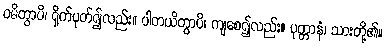
ဝဓိတွာပိ၊ ရိုက်ပုတ်၍လည်း။ ပါတယိတွာပိ၊ ကျစေ၍လည်း။ ပုတ္တာနံ၊ သားတို့၏။